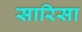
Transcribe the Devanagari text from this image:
सारिसा